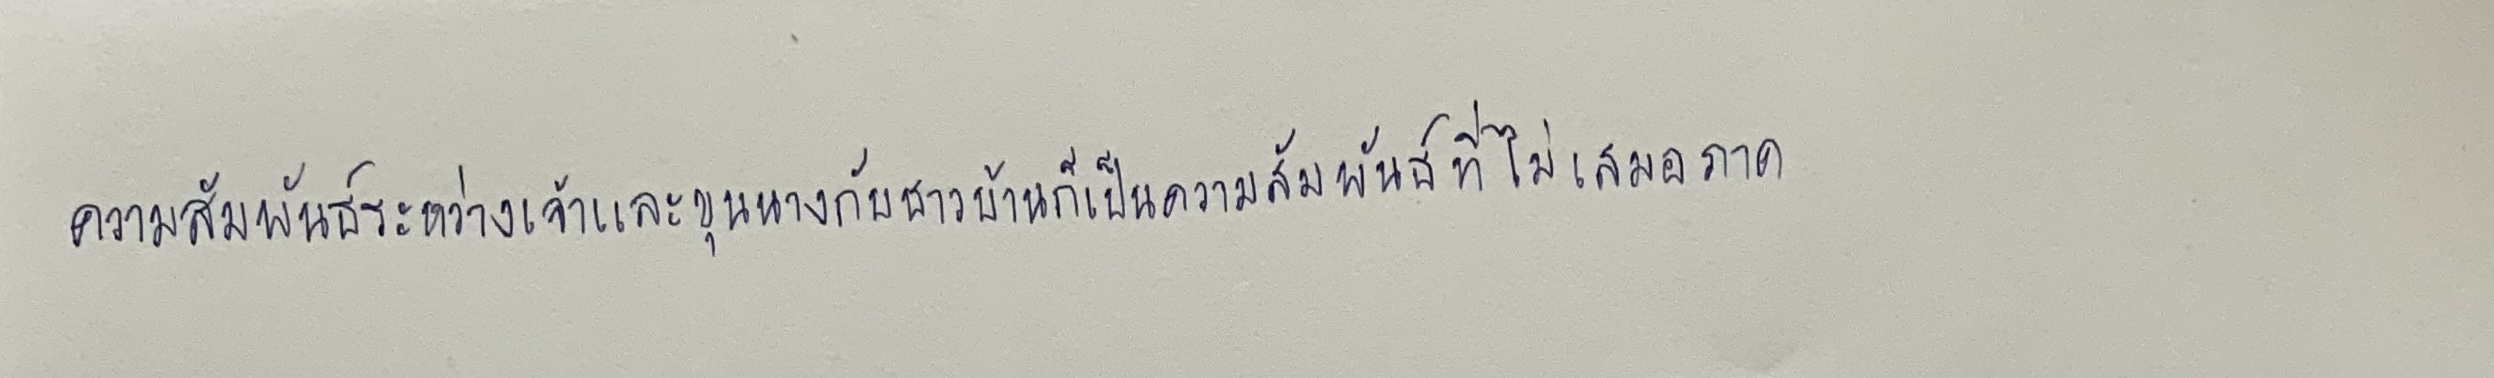
ความสัมพันธ์ระหว่างเจ้าและขุนนางกับชาวบ้านก็เป็นความสัมพันธ์ที่ไม่เสมอภาค